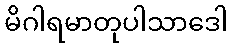
မိဂါရမာတုပါသာဒေါ